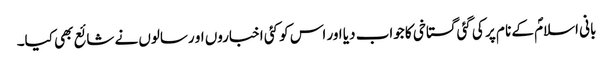
بانی اسلامؐ کے نا م پر کی گئی گستاخی کا جواب دیا اور اس کو کئی اخباروں او رسالوں نے شائع بھی کیا۔